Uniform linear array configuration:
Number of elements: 64
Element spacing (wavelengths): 0.5
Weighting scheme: binomial
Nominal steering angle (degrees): -30
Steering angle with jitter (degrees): -31.832
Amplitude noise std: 0.05
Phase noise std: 0.05

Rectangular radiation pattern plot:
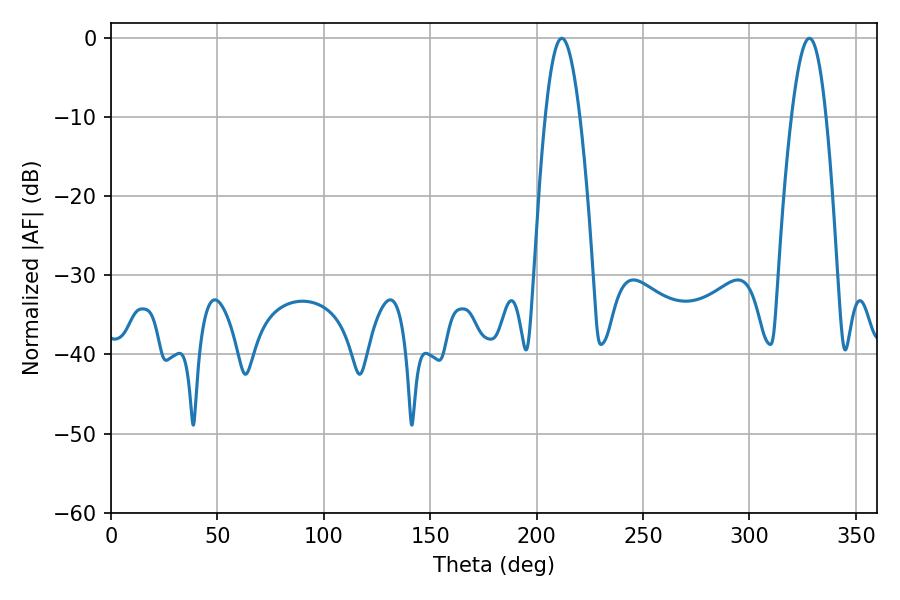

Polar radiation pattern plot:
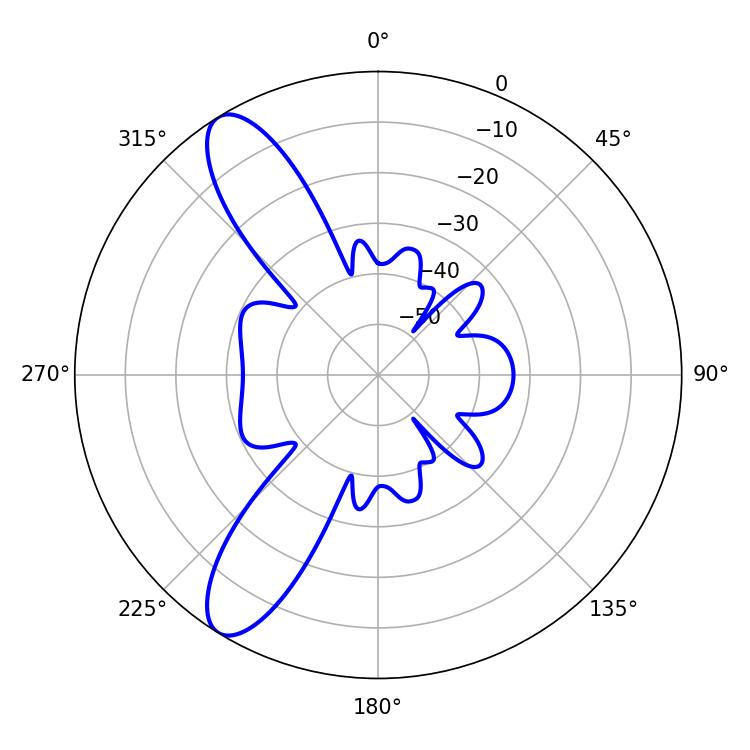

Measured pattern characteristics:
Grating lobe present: FALSE
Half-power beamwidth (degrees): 8.82
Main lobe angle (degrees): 211.86